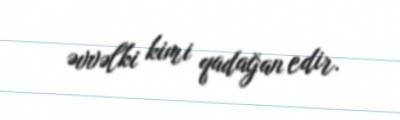
əvvəlki kimi qadağan edir.